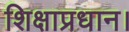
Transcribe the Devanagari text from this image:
शिक्षाप्रधान।